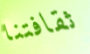
ثقافتنا